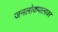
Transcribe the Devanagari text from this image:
जनलोकपालावर